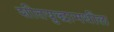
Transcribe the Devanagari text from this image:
शीतयुद्धामधील